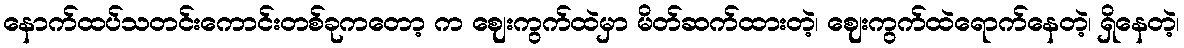
နောက်ထပ်သတင်းကောင်းတစ်ခုကတော့ က ဈေးကွက်ထဲမှာ မိတ်ဆက်ထားတဲ့၊ ဈေးကွက်ထဲရောက်နေတဲ့၊ ရှိနေတဲ့၊